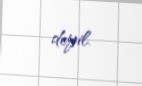
deyil.